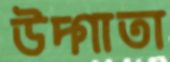
উদ্গাতা